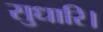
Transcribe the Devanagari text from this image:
सुधारि।